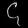
Digit: ၄